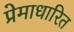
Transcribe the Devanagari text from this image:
प्रेमाधारित